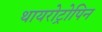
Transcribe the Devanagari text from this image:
थायरोट्रोपिन